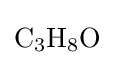
{\mathrm {C} {\vphantom {A}}_{\smash[{t}]{3}}\mathrm {H} {\vphantom {A}}_{\smash[{t}]{8}}\mathrm {O} }